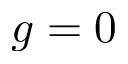
g = 0